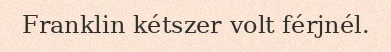
Franklin kétszer volt férjnél.